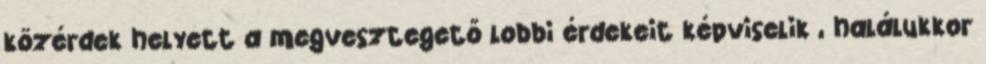
közérdek helyett a megvesztegető lobbi érdekeit képviselik , halálukkor